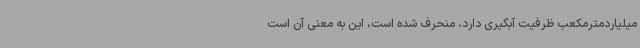
میلیاردمترمکعب ظرفیت آبگیری دارد، منحرف شده است، این به معنی آن است